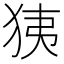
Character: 㹫